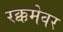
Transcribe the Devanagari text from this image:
रक्कमेवर